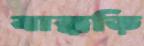
বাক্কড়ি